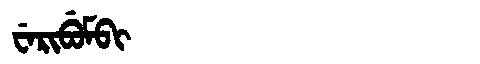
Manchu: ᠸᡝᡵᡳᠪᡠᠮᠪᡳ
Romanization: WERIBUMBI